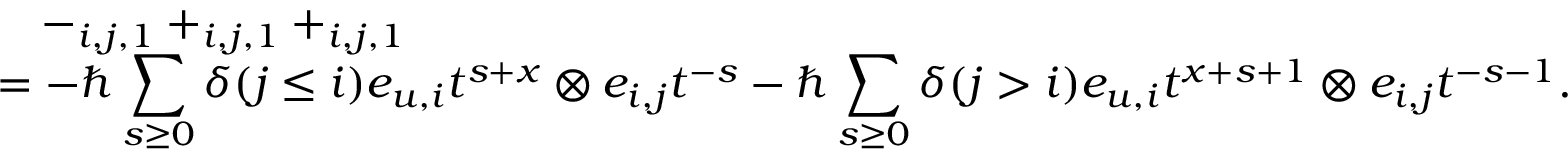
\begin{array} { r l } & { \quad - _ { i , j , 1 } + _ { i , j , 1 } + _ { i , j , 1 } } \\ & { = - \hbar \displaystyle \sum _ { s \geq 0 } \delta ( j \leq i ) e _ { u , i } t ^ { s + x } \otimes e _ { i , j } t ^ { - s } - \hbar \displaystyle \sum _ { s \geq 0 } \delta ( j > i ) e _ { u , i } t ^ { x + s + 1 } \otimes e _ { i , j } t ^ { - s - 1 } . } \end{array}